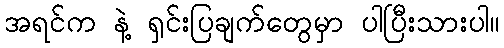
အရင်က နဲ့ ရှင်းပြချက်တွေမှာ ပါပြီးသားပါ။